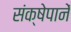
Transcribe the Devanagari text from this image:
संक्षेपानें